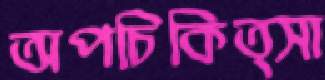
অপচিকিত্সা